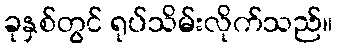
ခုနှစ်တွင် ရုပ်သိမ်းလိုက်သည်။